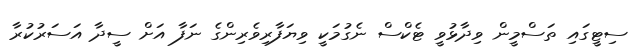
ސިޓީގައި ތަސްމީން ވިދާޅުވީ ޓެކްސް ނެގުމަކީ ވިޔަފާރިވެރިންގެ ނަފާ އަށް ސީދާ އަސަރުކުރާ